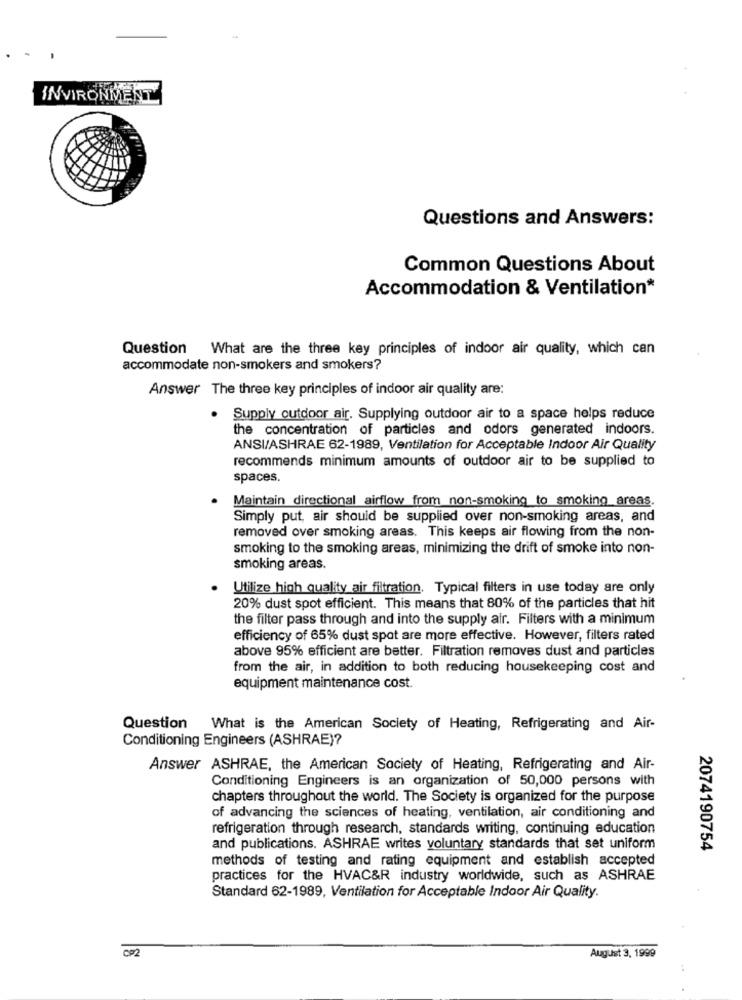
INVIRONMENT
Questions and Answers:
Common Questions About
Accommodation & Ventilation*
Question What are the three key principles of indoor air quality, which can
accommodate non-smokers and smokers?
Answer The three key principles of indoor air quality are:
. Supply outdoor air. Supplying outdoor air to a space helps reduce
the concentration of particles and odors generated indoors.
ANSI/ASHRAE 62-1989, Ventilation for Acceptable Indoor Air Quality
recommends minimum amounts of outdoor air to be supplied to
spaces.
Maintain directional airflow from non-smoking to smoking areas.
Simply put, air should be supplied over non-smoking areas, and
removed over smoking areas. This keeps air flowing from the non-
smoking to the smoking areas, minimizing the drift of smoke into non-
smoking areas.
Utilize high quality air filtration. Typical filters in use today are only
20% dust spot efficient. This means that 80% of the particles that hit
the filter pass through and into the supply air. Filters with a minimum
efficiency of 65% dust spot are more effective. However, filters rated
above 95% efficient are better. Filtration removes dust and particles
from the air, in addition to both reducing housekeeping cost and
equipment maintenance cost.
Question What is the American Society of Heating, Refrigerating and Air-
Conditioning Engineers (ASHRAE)?
Answer ASHRAE, the American Society of Heating, Refrigerating and Air-
Conditioning Engineers is an organization of 50,000 persons with
chapters throughout the world. The Society is organized for the purpose
of advancing the sciences of heating, ventilation, air conditioning and
refrigeration through research, standards writing, continuing education
and publications. ASHRAE writes voluntary standards that set uniform
2074190754
methods of testing and rating equipment and establish accepted
practices for the HVAC&R industry worldwide, such as ASHRAE
Standard 62-1989, Ventilation for Acceptable Indoor Air Quality.
002
August 3, 1999